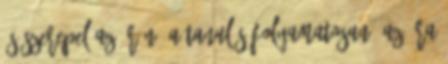
és szerepel az órán? A tanulás folyamatosan, az óra